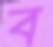
ব